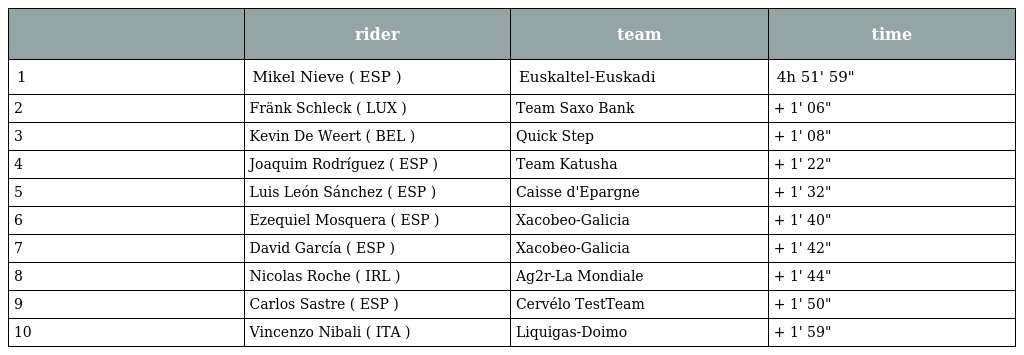
|  | rider | team | time |
 | --- | --- | --- | --- |
 | 1 | Mikel Nieve ( ESP ) | Euskaltel-Euskadi | 4h 51' 59" |
 | 2 | Fränk Schleck ( LUX ) | Team Saxo Bank | + 1' 06" |
 | 3 | Kevin De Weert ( BEL ) | Quick Step | + 1' 08" |
 | 4 | Joaquim Rodríguez ( ESP ) | Team Katusha | + 1' 22" |
 | 5 | Luis León Sánchez ( ESP ) | Caisse d'Epargne | + 1' 32" |
 | 6 | Ezequiel Mosquera ( ESP ) | Xacobeo-Galicia | + 1' 40" |
 | 7 | David García ( ESP ) | Xacobeo-Galicia | + 1' 42" |
 | 8 | Nicolas Roche ( IRL ) | Ag2r-La Mondiale | + 1' 44" |
 | 9 | Carlos Sastre ( ESP ) | Cervélo TestTeam | + 1' 50" |
 | 10 | Vincenzo Nibali ( ITA ) | Liquigas-Doimo | + 1' 59" |